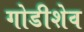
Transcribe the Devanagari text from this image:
गोडीशेव